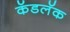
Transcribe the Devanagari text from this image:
कॅडलॅक